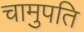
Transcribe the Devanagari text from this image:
चामुपति